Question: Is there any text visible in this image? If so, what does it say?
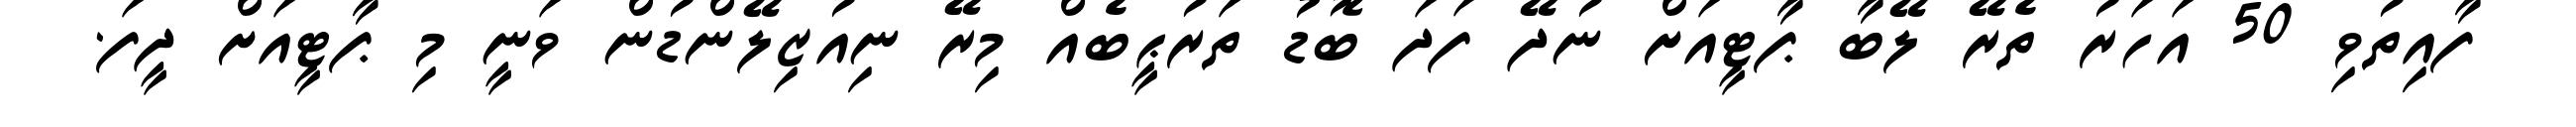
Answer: ފާއިތުވި 50 އަހަރު ތެރޭ ލޭބާ ޕާޓީއަށް ނުދޭ ފަދަ ބޮޑު ތަރުޙީބެއް މިރޭ ނިއުޒިލޭންޑުން ވަނީ މި ޕާޓީއަށް ދީފަ.